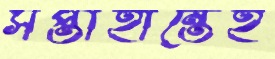
সপ্তাহান্তেই